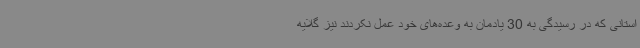
استانی که در رسیدگی به 30 یادمان به وعده‌های خود عمل نکردند نیز گلایه